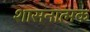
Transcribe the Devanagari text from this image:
शासनात्मक